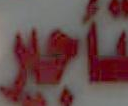
تأجير